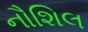
નૌશિલ